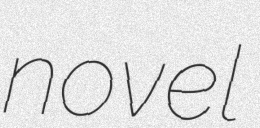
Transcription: novel